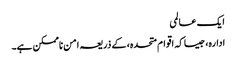
ایک عالمی
ادارہ، جیسا کہ اقوام متحدہ، کے ذریعہ امن ناممکن ہے۔